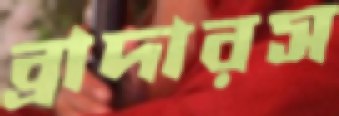
ব্রাদারস